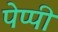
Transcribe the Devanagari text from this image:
पेप्पी